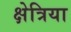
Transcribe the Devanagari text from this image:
क्षेत्रिया